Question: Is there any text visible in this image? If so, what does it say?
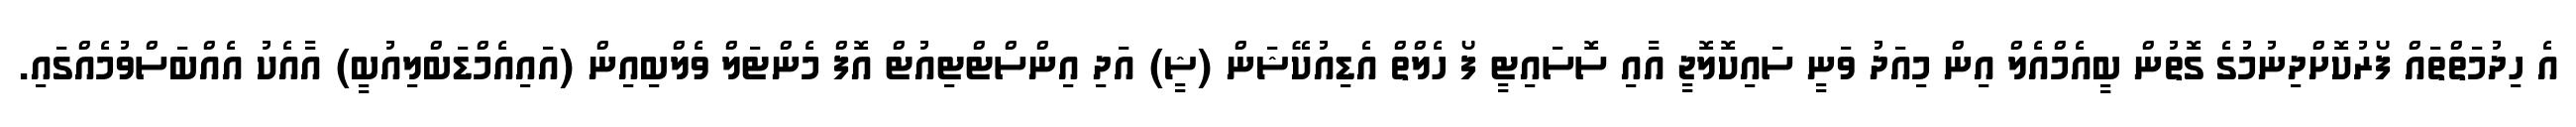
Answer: އެ ހިދުމަތްތައް ފޯރުކޮށްދިނުމުގެ ގޮތުން ބީއެމްއެލް އިން މިއަދު ވަނީ ސައިކޮލޮޖީ އާއި ސޮސައިޓީ ފޯ ހެލްތް އެޑިއުކޭޝަން (ޝީ) އަދި އިންސްޓްޓިއުޓް އޮފް މެންޓަލް ވެލްބިއިން (އައިއެމްޑަބްލިއުބީ) އާއެކު އެއްބަސްވުމެއްގައި.